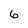
Character: 6